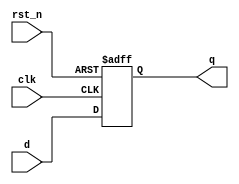
module dff_async_rst_n
(
    input       clk,
    input       rst_n,
    input       d,
    output reg  q
);

    always @ (posedge clk or negedge rst_n)
        if (!rst_n)
            q <= 0;
        else
            q <= d;
 
endmodule